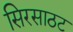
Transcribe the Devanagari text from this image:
सिरसाठट